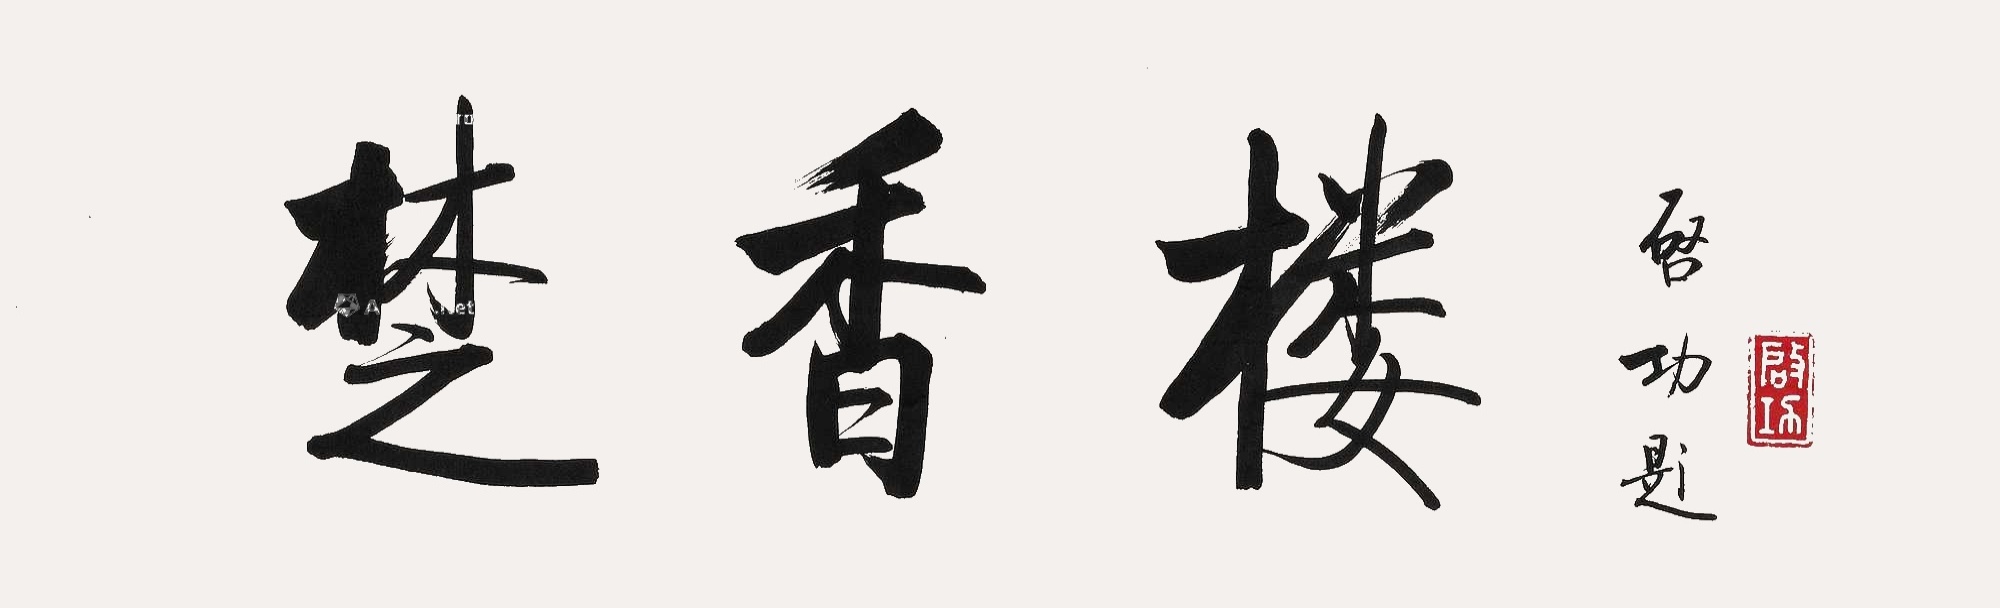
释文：楚香楼。启功题。